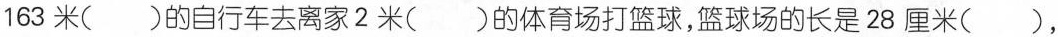
163米( )的自行车去离家2米( )的体育场打篮球，篮球场的长是28厘米( )，